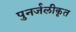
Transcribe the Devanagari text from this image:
पुनर्जलीकृत